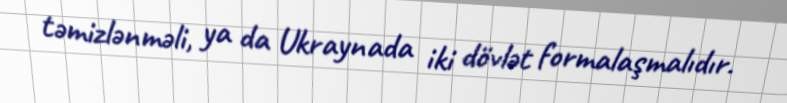
təmizlənməli, ya da Ukraynada iki dövlət formalaşmalıdır.